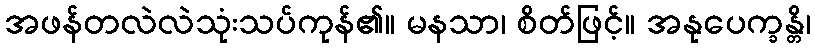
အဖန်တလဲလဲသုံးသပ်ကုန်၏။ မနသာ၊ စိတ်ဖြင့်။ အနုပေက္ခန္တိ၊